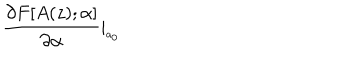
\frac { \partial F [ A ( z ) ; \alpha ] } { \partial \alpha } \mid _ { _ { a _ { 0 } } }